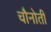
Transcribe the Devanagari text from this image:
चौनोती